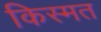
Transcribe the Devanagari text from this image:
किस्‍मत